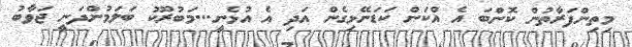
މިތިންފަރާތުން ކޮންބަ އެ އްކަން ކަޑަނޭޅިގެން އަދި އެ އުޅެނީ...މަބުރޫކު ބަލަމުންދަނީ ޖަވާބު